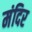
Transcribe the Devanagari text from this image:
मंदिर